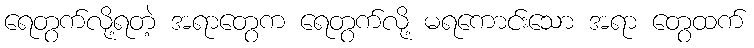
ရေတွက်လို့ရတဲ့ အရာတွေက ရေတွက်လို့ မရကောင်းသော အရာ တွေထက်